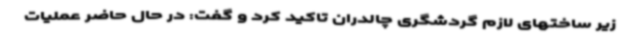
زیر ساختهای لازم گردشگری چالدران تاکید کرد و گفت: در حال حاضر عملیات